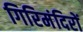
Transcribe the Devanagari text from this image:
गिरिमंदिरों